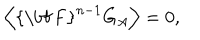
\left\langle \mathrm { { \bf ~ F } } ^ { n - 1 } G _ { A } \right\rangle = 0 ,